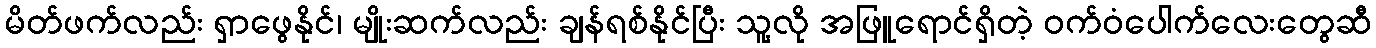
မိတ်ဖက်လည်း ရှာဖွေနိုင်၊ မျိုးဆက်လည်း ချန်ရစ်နိုင်ပြီး သူ့လို အဖြူရောင်ရှိတဲ့ ဝက်ဝံပေါက်လေးတွေဆီ